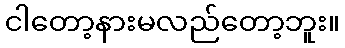
ငါတော့နားမလည်တော့ဘူး။